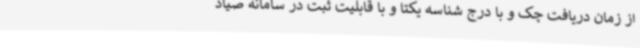
از زمان دریافت چک و با درج شناسه یکتا و با قابلیت ثبت در سامانه صیاد